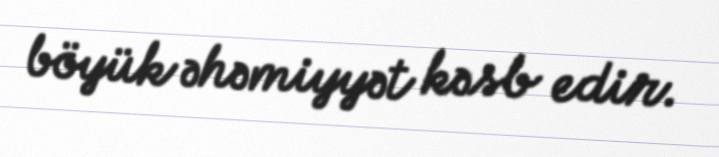
böyük əhəmiyyət kəsb edir.